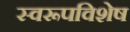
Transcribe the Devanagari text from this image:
स्वरूपविशेष